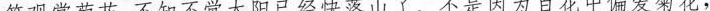
笆观赏菊花，不知不觉太阳已经快落山了。不是因为百花中偏爱菊花，